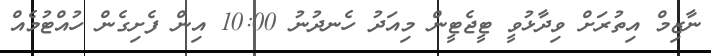
ނާޒިމް އިތުރަށް ވިދާޅުވީ ޓީޖެޓީން މިއަދު ހެނދުނު 10:00 އިން ފެށިގެން ހުއްޓުމެއް